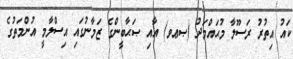
ކައު އިތުރު ރަސޫލާ މުޙައްމަދު (ޞޢވ) އާއި ޞަޙާބީންގެ ޒަމާނުގައި އިސްލާމީ އުންމަތުގެ